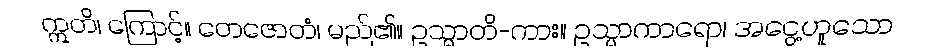
ဣတိ၊ ကြောင့်။ တေဇောတံ၊ မည်၏။ ဥသ္မာတိ-ကား။ ဥသ္မာကာရော၊ အငွေ့ဟူသော